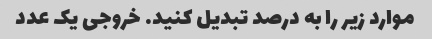
موارد زیر را به درصد تبدیل کنید. خروجی یک عدد